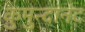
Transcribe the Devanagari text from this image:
कुमुन्दानंद